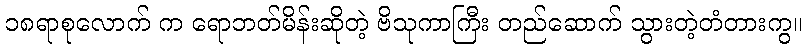
၁၈ရာစုလောက် က ရောဘတ်မိန်းဆိုတဲ့ ဗိသုကာကြီး တည်ဆောက် သွားတဲ့တံတားကွ။